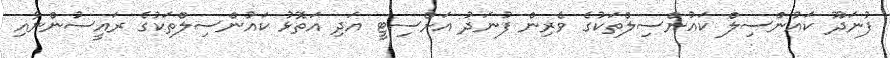
ފުނަދޫ ކައުންސިލް ކައުންސިލްތަކުގެ ވެރިން ފުނަދު އަށްސިޓީ އަދި އަތޮޅު ކައުންސިލްތަކުގެ ރައީސުންނާއި